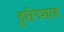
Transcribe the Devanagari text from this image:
हुशेनशाह